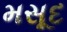
મસૂદ